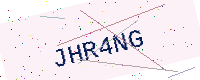
Text: JHR4NG